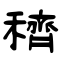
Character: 穧